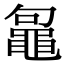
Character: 𪓟